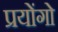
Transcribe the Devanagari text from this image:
प्रयोंगो